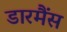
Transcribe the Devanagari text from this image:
डारमैंस